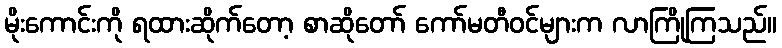
မိုးကောင်းကို ရထားဆိုက်တော့ စာဆိုတော် ကော်မတီဝင်များက လာကြိုကြသည်။